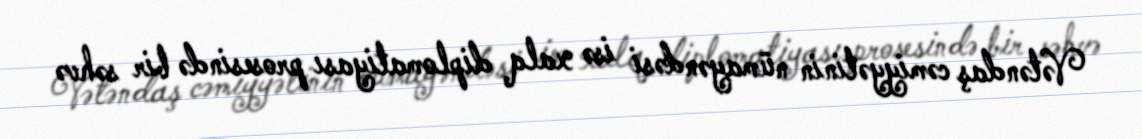
Vətəndaş cəmiyyətinin nümayəndəsi isə xalq diplomatiyası prosesində bir səhvə